Jaan_Tonisson_(Lasteleht), lk 259
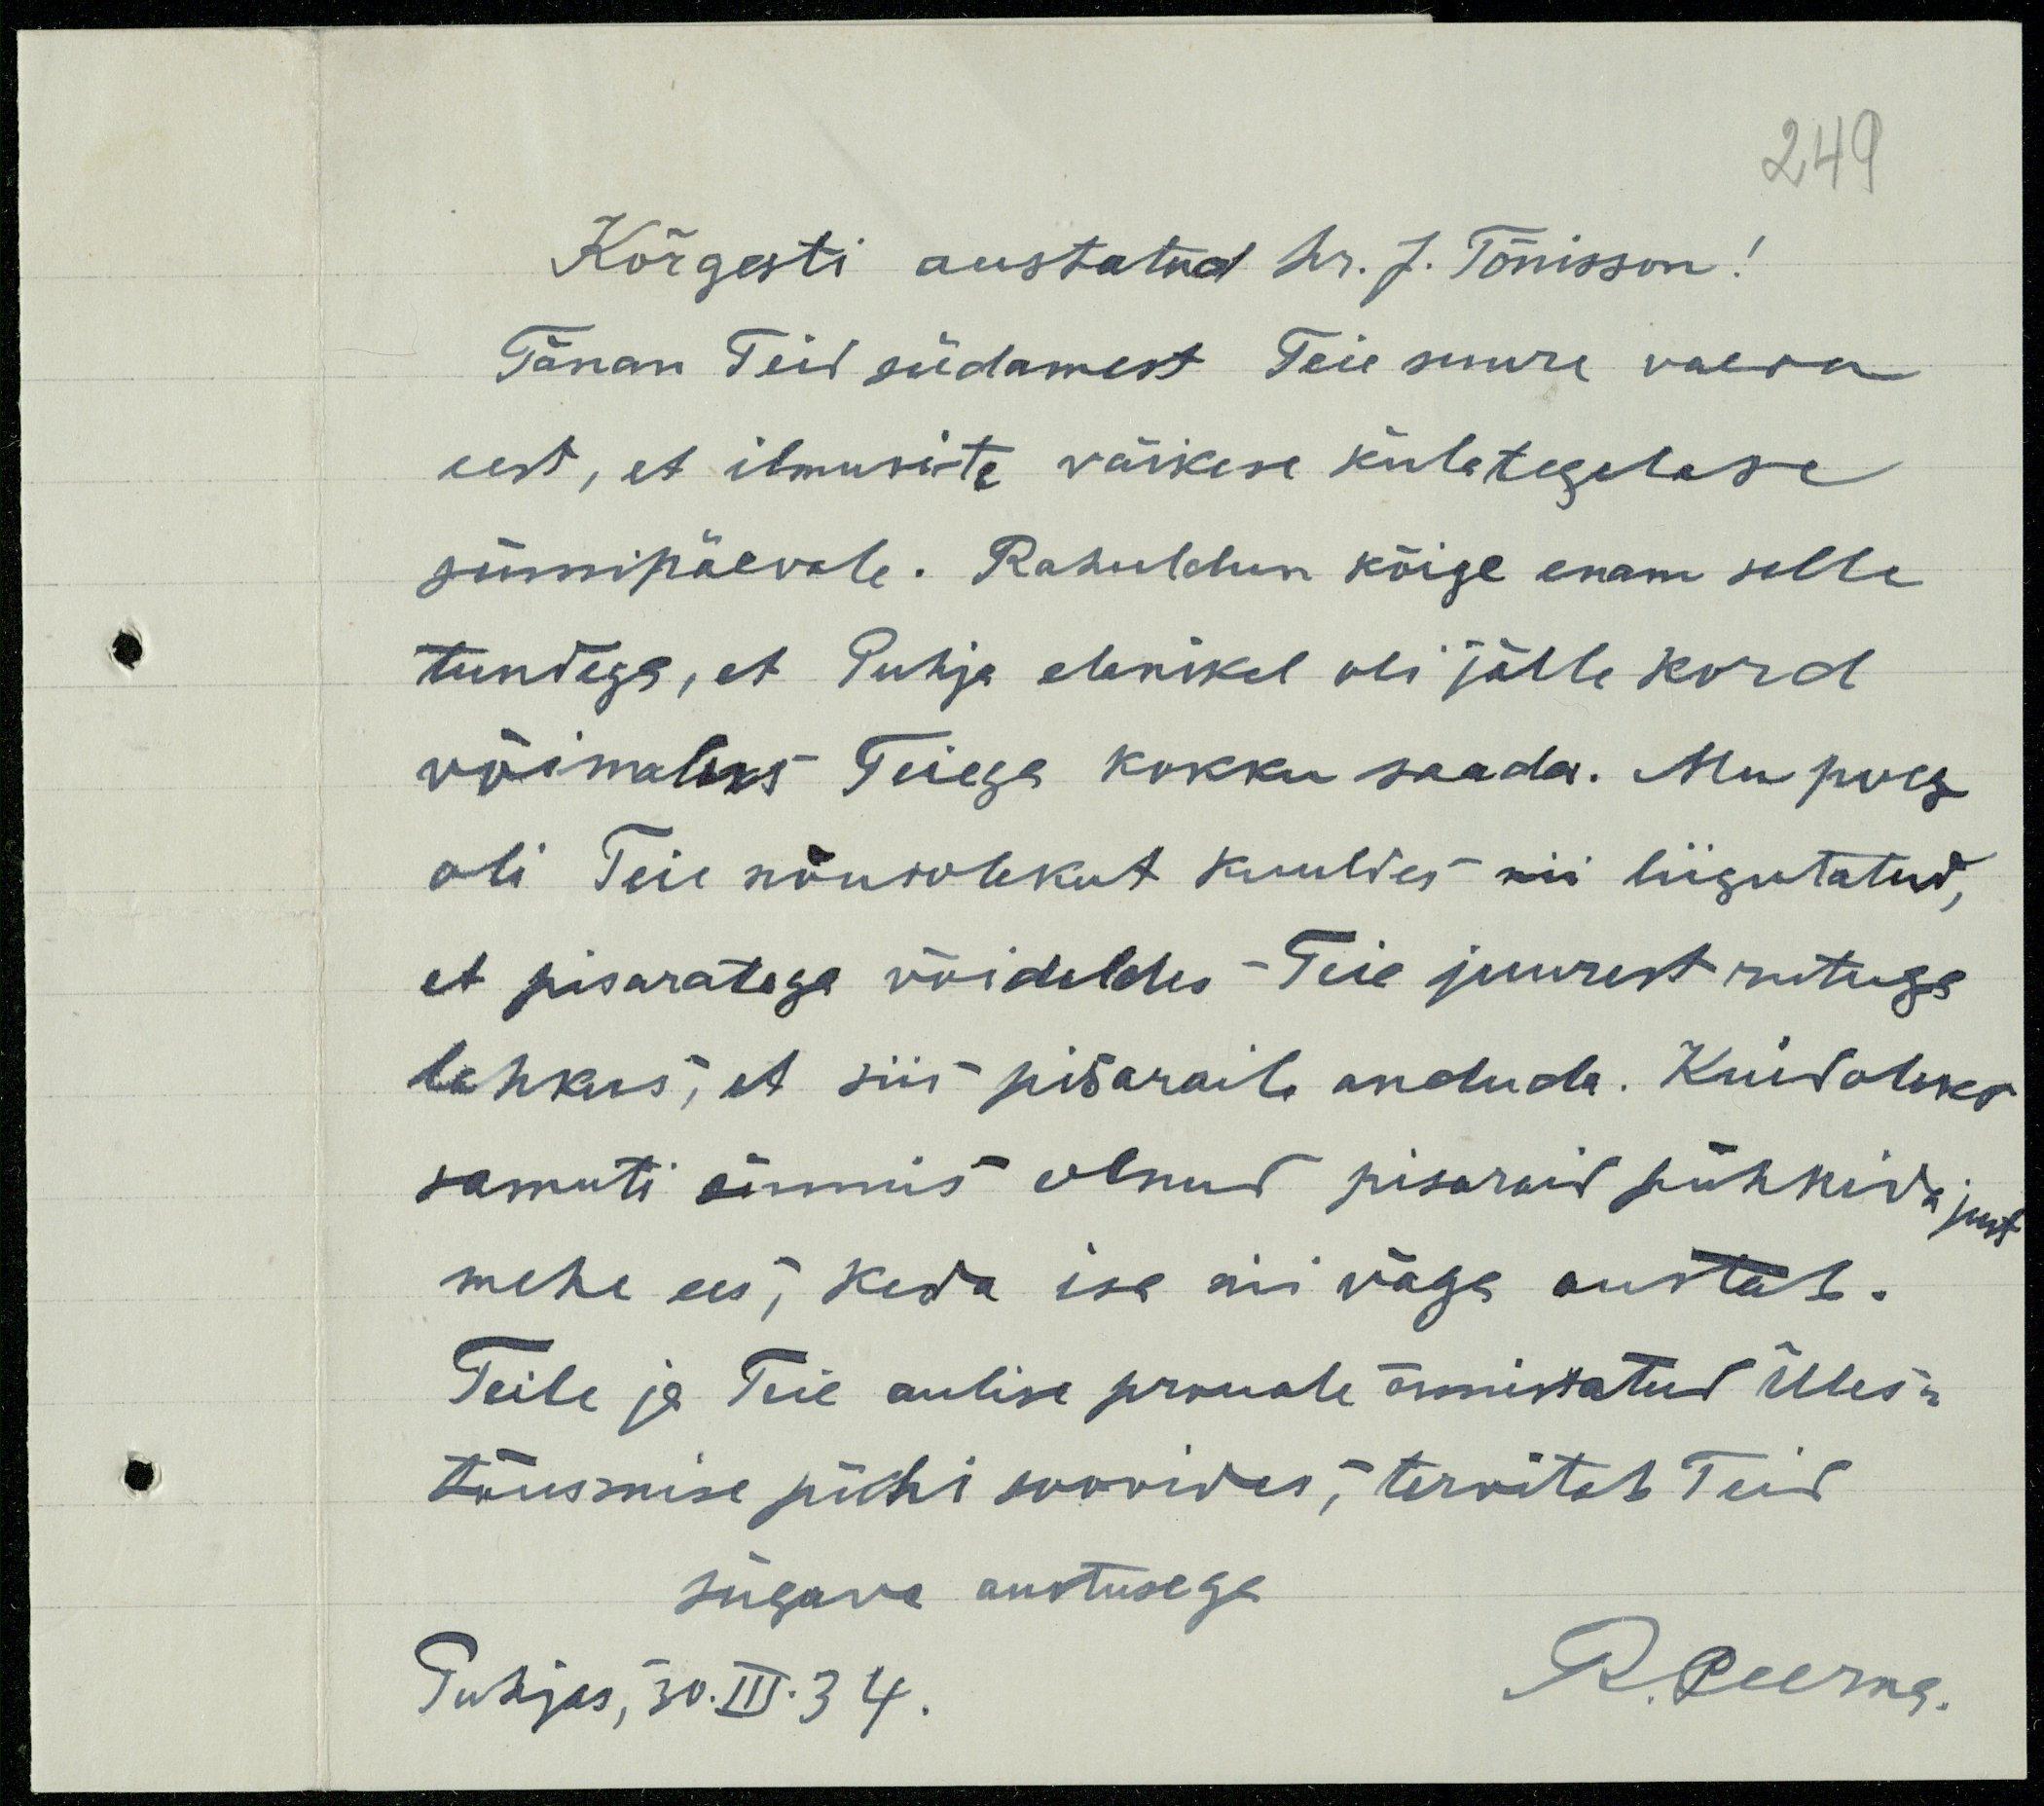
249

Kõrgesti austatud hr. J. Tõnisson!
Tänan Teid südamest Teie suure vaeva
eest, et ilmusite väikese külategelase
sünnipäevale. Rahuldun kõige enam selle
tundega, et Puhja elanikel oli jälle kord
võimalus Teiega kokku saada. Mu poeg
oli Teie nõusolekut kuuldes nii liigutatud,
et pisaratega võideldes Teie juurest rutuga
lahkus, et siis pisaraile anduda. Kuidoleks
samuti õnnis olnud pisaraid pühkida just
mehe ees, keda ise nii väga austab.
Teile ja Teie aulise prouale õnnistatud Üles-
tõusmise pühi soovides, tervitab Teid
sügave austusega.
Puhjas, 30. III. 34.
R. Peerna.